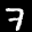
Label: 7